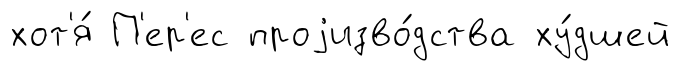
хот'я́ П'ер'ес проjизво́дства ху́дшей